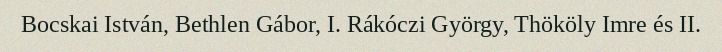
Bocskai István, Bethlen Gábor, I. Rákóczi György, Thököly Imre és II.